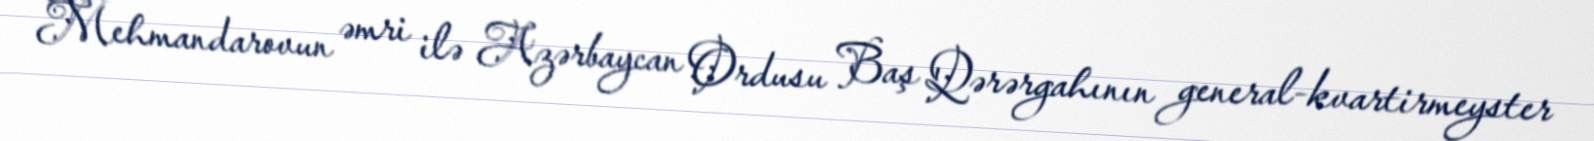
Mehmandarovun əmri ilə Azərbaycan Ordusu Baş Qərərgahının general-kvartirmeyster